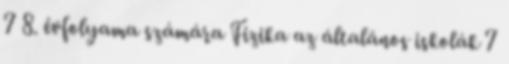
7 8. évfolyama számára Fizika az általános iskolák 7